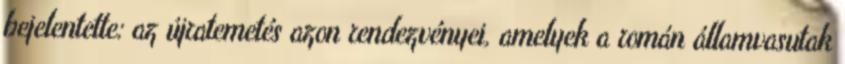
bejelentette: az újratemetés azon rendezvényei, amelyek a román államvasutak